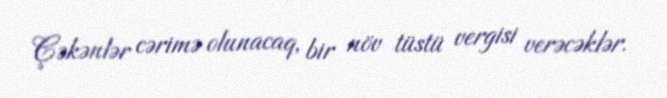
Çəkənlər cərimə olunacaq, bir növ tüstü vergisi verəcəklər.